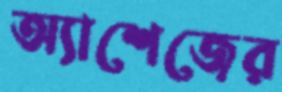
অ্যাশেজের